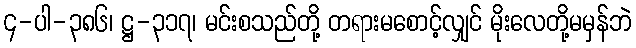
၄-ပါ-၃၈၆၊ ဋ္ဌ-၃၁၇၊ မင်းစသည်တို့ တရားမစောင့်လျှင် မိုးလေတို့မမှန်ဘဲ